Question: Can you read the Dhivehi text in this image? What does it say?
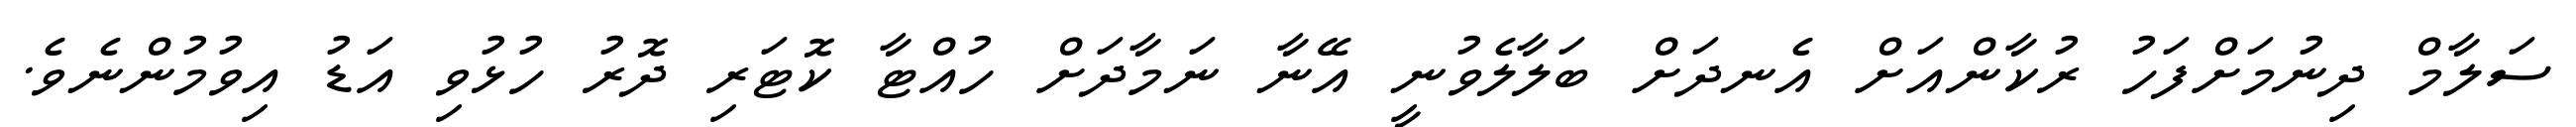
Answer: ސަލާމް ދިނުމަށްފަހު ރުކާންއަށް އެނދަށް ބަލާލެވުނީ އޭނާ ނަމާދަށް ހުއްޓާ ކޮޓަރި ދޮރު ހުޅުވި އަޑު އިވުމުންނެވެ.